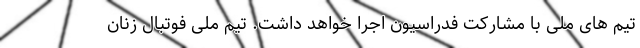
تیم های ملی با مشارکت فدراسیون اجرا خواهد داشت. تیم ملی فوتبال زنان